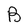
Character: B